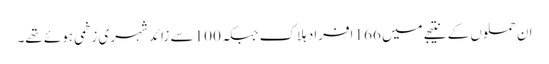
ان حملوں کے نتیجے میں 166 افراد ہلاک جبکہ 100 سے زائد شہری زخمی ہوئے تھے۔